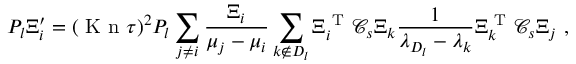
P _ { l } \Xi _ { i } ^ { \prime } = ( \ensuremath { \mathrm { ~ K ~ n ~ } } \tau ) ^ { 2 } P _ { l } \sum _ { j \neq i } \frac { \Xi _ { i } } { \mu _ { j } - \mu _ { i } } \sum _ { k \notin D _ { l } } \Xi _ { i } ^ { \mathrm { ~ T ~ } } \mathcal C _ { s } \Xi _ { k } \frac { 1 } { \lambda _ { D _ { l } } - \lambda _ { k } } \Xi _ { k } ^ { \mathrm { ~ T ~ } } \mathcal C _ { s } \Xi _ { j } \ ,